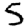
Digit: 5